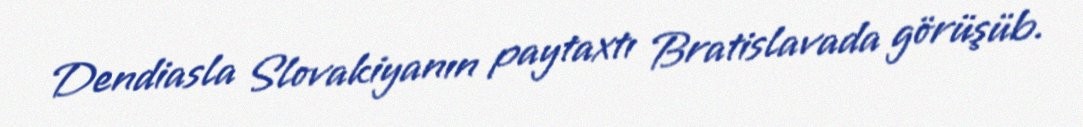
Dendiasla Slovakiyanın paytaxtı Bratislavada görüşüb.